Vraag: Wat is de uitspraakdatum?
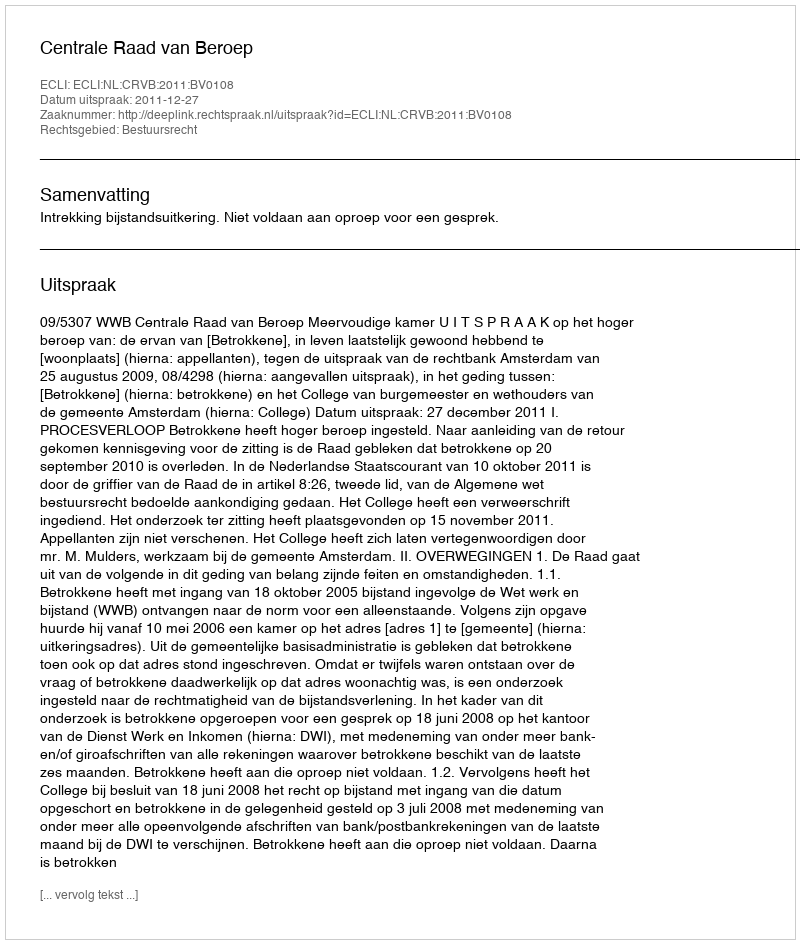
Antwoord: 2011-12-27